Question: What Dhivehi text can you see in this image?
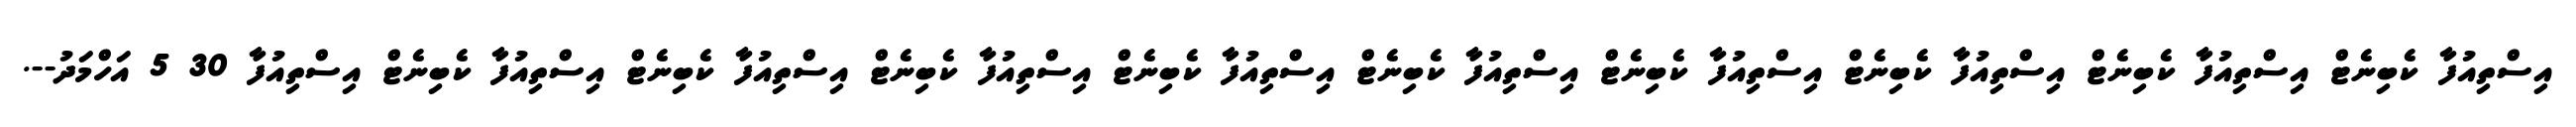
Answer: އިސްތިއުފާ ކެބިނެޓް އިސްތިއުފާ ކެބިނެޓް އިސްތިއުފާ ކެބިނެޓް އިސްތިއުފާ ކެބިނެޓް އިސްތިއުފާ ކެބިނެޓް އިސްތިއުފާ ކެބިނެޓް އިސްތިއުފާ ކެބިނެޓް އިސްތިއުފާ ކެބިނެޓް އިސްތިއުފާ ކެބިނެޓް އިސްތިއުފާ 30 5 އަހްމަދު--.